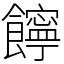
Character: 䭢